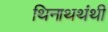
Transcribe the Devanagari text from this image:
थिनाथथंथी